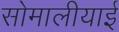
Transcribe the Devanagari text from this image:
सोमालीयाई